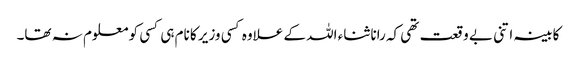
کابینہ اتنی بے وقعت تھی کہ رانا ثناء اللہ کے علاوہ کسی وزیر کا نام ہی کسی کو معلوم نہ تھا۔